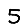
Digit: 5